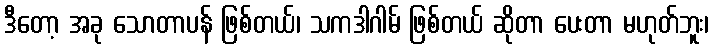
ဒီတော့ အခု သောတာပန် ဖြစ်တယ်၊ သကဒါဂါမ် ဖြစ်တယ် ဆိုတာ ပေးတာ မဟုတ်ဘူး၊